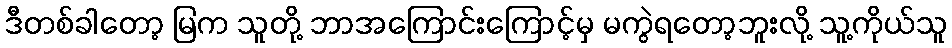
ဒီတစ်ခါတော့ မြက သူတို့ ဘာအကြောင်းကြောင့်မှ မကွဲရတော့ဘူးလို့ သူ့ကိုယ်သူ